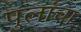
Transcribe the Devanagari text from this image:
पुलांचा